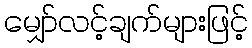
မျှော်လင့်ချက်များဖြင့်